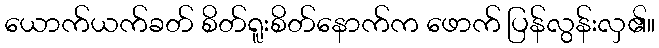
ယောက်ယက်ခတ် စိတ်ရူးစိတ်နောက်က ဖောက် ပြန်လွန်းလှ၏။